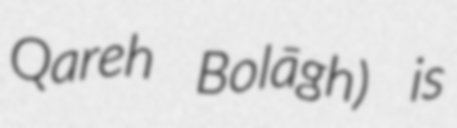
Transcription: Qareh Bolāgh) is